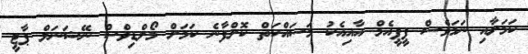
ކަމަށާއި ނަމަވެސް ޕީޕީއެމް އާއިއެކު މަސައްކަތް ކޮށްފާނެ ކަމަށް މޯލްޑިވްސް ނޭޝަނަލް ޕާޓީ